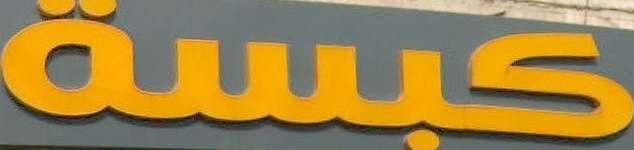
كبسة